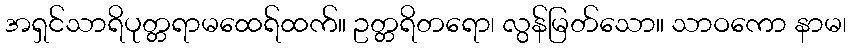
အရှင်သာရိပုတ္တရာမထေရ်ထက်။ ဥတ္တရိတရော၊ လွန်မြတ်သော။ သာဝကော နာမ၊